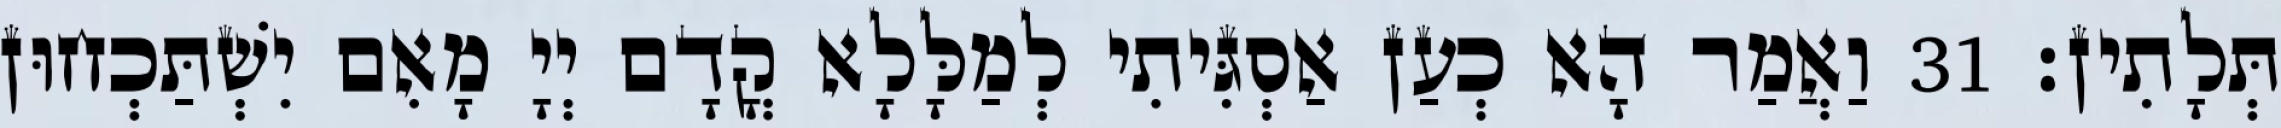
תְּלָתִין׃ 31 וַאֲמַר הָא כְעַן אַסְגִּיתִי לְמַלָּלָא קֳדָם יְיָ מָאִם יִשְׁתַּכְחוּן